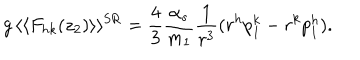
g \, \langle \langle F _ { h k } ( z _ { 2 } ) \rangle \rangle ^ { \mathrm { S R } } = \frac { 4 } { 3 } \frac { \alpha _ { s } } { m _ { 1 } } \frac { 1 } { r ^ { 3 } } ( r ^ { h } p _ { 1 } ^ { k } - r ^ { k } p _ { 1 } ^ { h } ) .